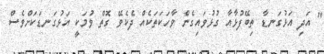
" އަދި އަޅުގަނޑާ ތިބޭފުޅާއާ ގުޅުވައިގެން ވާހަކަތަކެއް ދެކެވޭ ގޮތް ވުމަކީ އަޅުގަނޑަކަށްވެސް